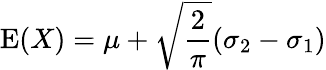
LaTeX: \operatorname{E}(X)=\mu+{\sqrt{\frac{2}{\pi}}}(\sigma_{2}-\sigma_{1})